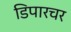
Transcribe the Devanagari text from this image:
डिपारचर